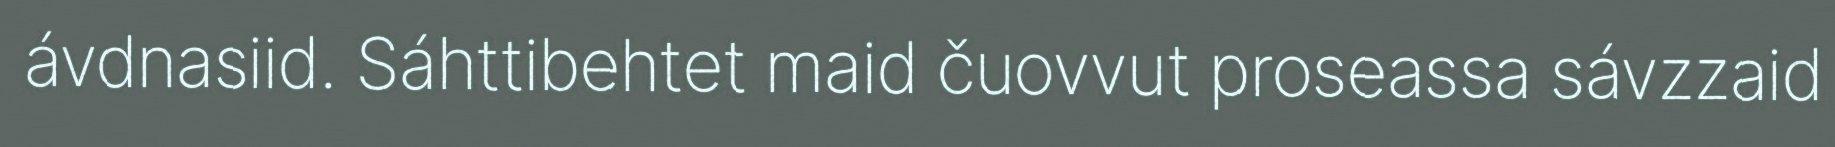
ávdnasiid. Sáhttibehtet maid čuovvut proseassa sávzzaid